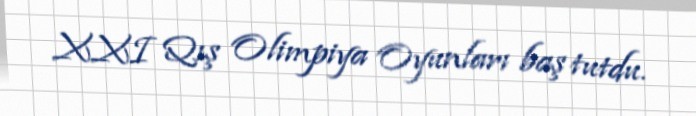
XXI Qış Olimpiya Oyunları baş tutdu.